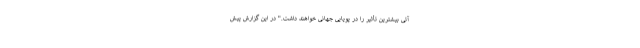
آتی بیشترین تأثیر را در پویایی جهانی خواهند داشت." در این گزارش پیش